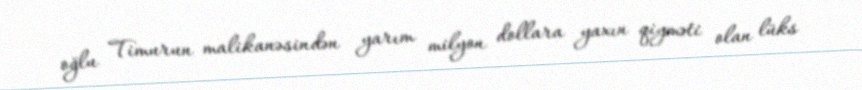
oğlu Timurun malikanəsindən yarım milyon dollara yaxın qiyməti olan lüks